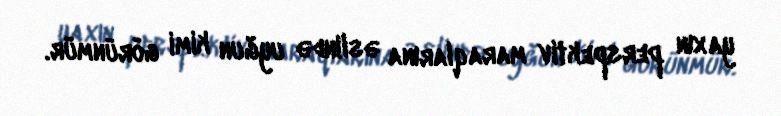
yaxın perspektiv maraqlarına əslində uyğun kimi görünmür.